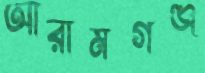
আরামগঞ্জ